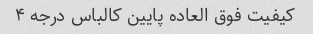
کیفیت فوق العاده پایین کالباس درجه ۴